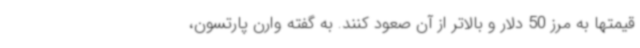
قیمتها به مرز 50 دلار و بالاتر از آن صعود کنند. به گفته وارن پارتسون،